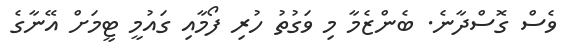
ވެސް ގޮސްދާނެ. ބެންޒެމާ މި ވަގުތު ހުރި ފޯމާއި ގައުމީ ޓީމަށް އޭނާގެ